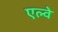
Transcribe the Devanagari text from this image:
एल्वे